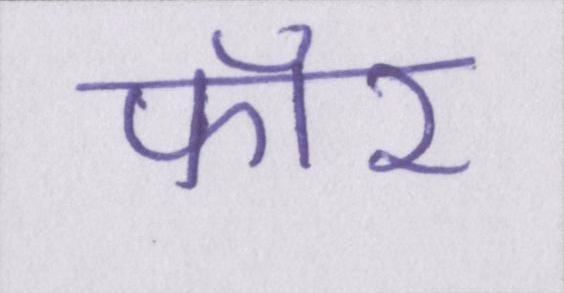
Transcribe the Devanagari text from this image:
फॉर